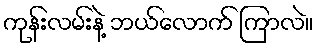
ကုန်းလမ်းနဲ့ ဘယ်လောက် ကြာလဲ။